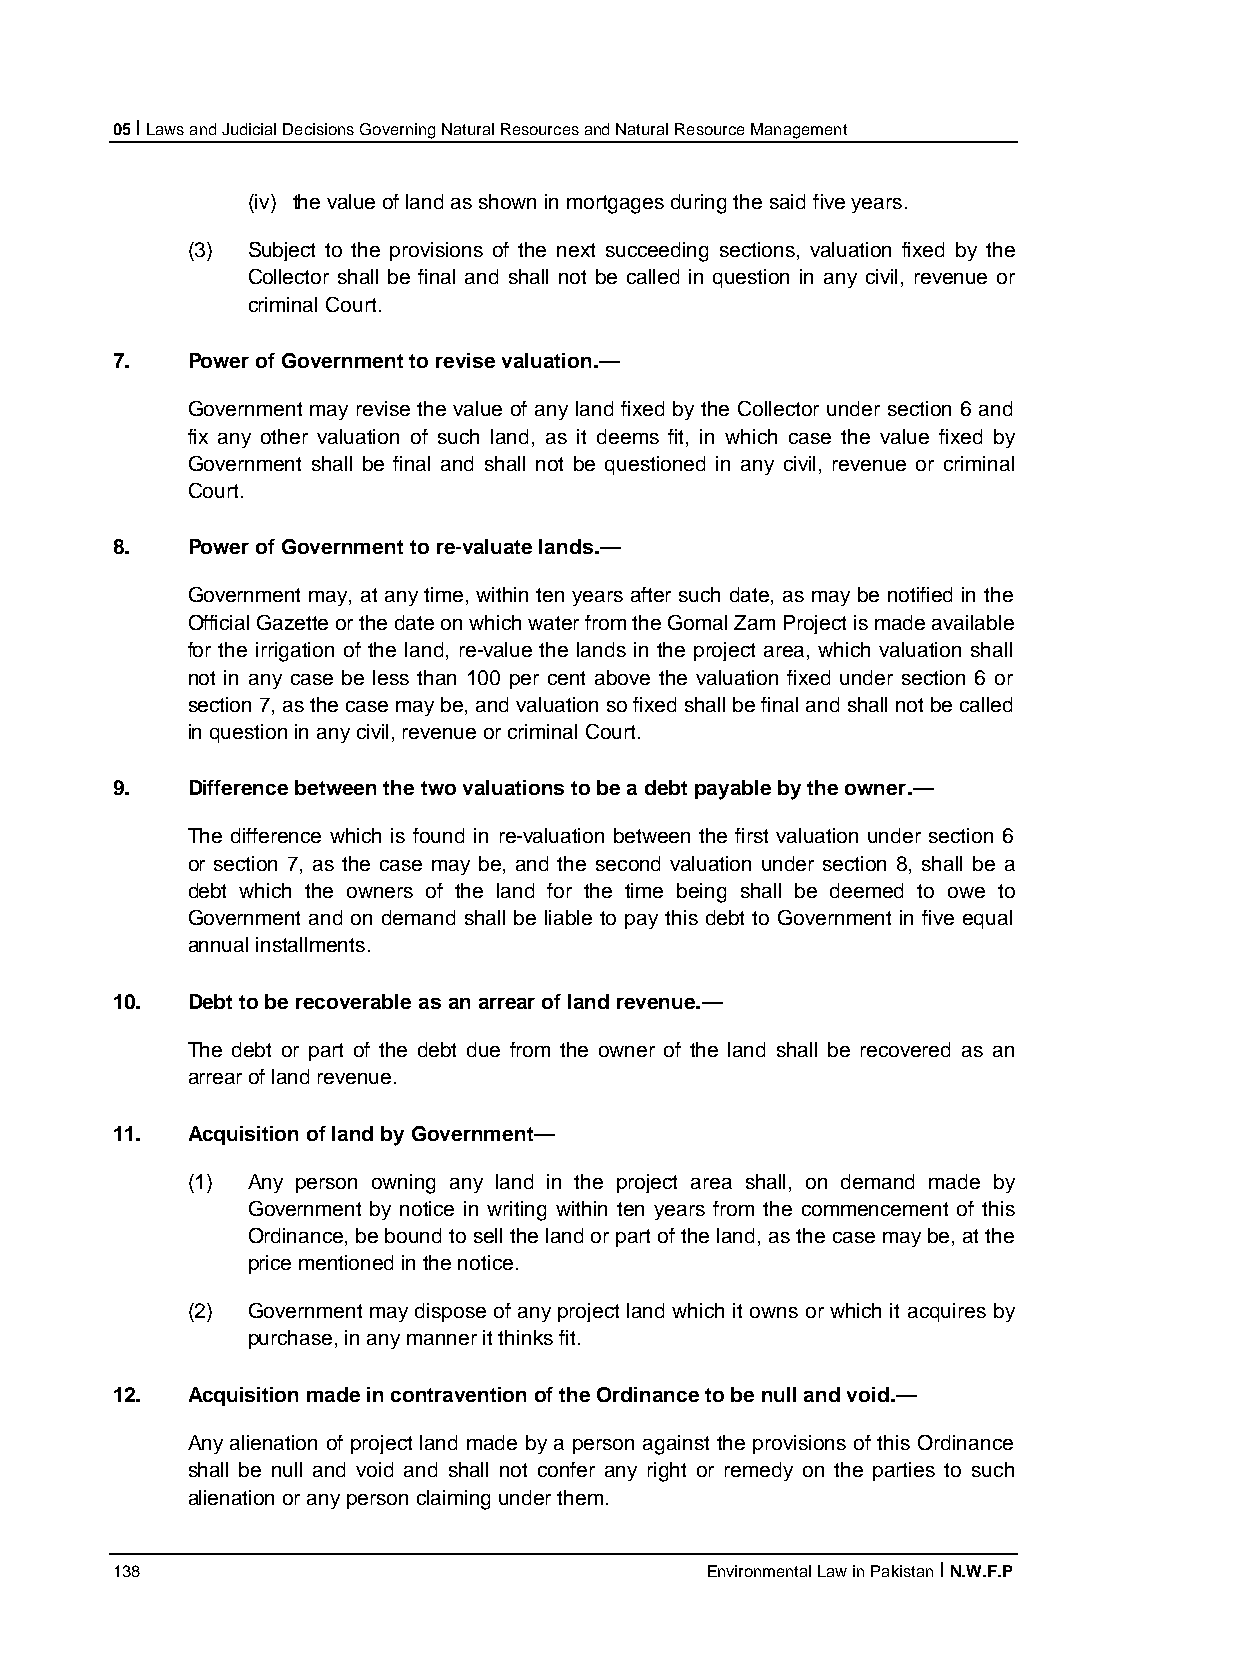
05 I Laws and Judicial Decisions Governing Natural Resources and Natural Resource Management
 (iv) the value of land as shown in mortgages during the said five years.
 (3) Subject to the provisions of the next succeeding sections, valuation fixed by the
 Collector shall be final and shall not be called in question in any civil, revenue or
 criminal Court.
 7.   Power of Government to revise valuation.—
 Government may revise the value of any land fixed by the Collector under section 6 and
 fix any other valuation of such land, as it deems fit, in which case the value fixed by
 Government shall be final and shall not be questioned in any civil, revenue or criminal
 Court.
 8.   Power of Government to re-valuate lands.—
 Government may, at any time, within ten years after such date, as may be notified in the
 Official Gazette or the date on which water from the Gomal Zam Project is made available
 for the irrigation of the land, re-value the lands in the project area, which valuation shall
 not in any case be less than 100 per cent above the valuation fixed under section 6 or
 section 7, as the case may be, and valuation so fixed shall be final and shall not be called
 in question in any civil, revenue or criminal Court.
 9.   Difference between the two valuations to be a debt payable by the owner.—
 The difference which is found in re-valuation between the first valuation under section 6
 or section 7, as the case may be, and the second valuation under section 8, shall be a
 debt which the owners of the land for the time being shall be deemed to owe to
 Government and on demand shall be liable to pay this debt to Government in five equal
 annual installments.
 10.  Debt to be recoverable as an arrear of land revenue.—
 The debt or part of the debt due from the owner of the land shall be recovered as an
 arrear of land revenue.
 11.  Acquisition of land by Government—
 (1) Any person owning any land in the project area shall, on demand made by
 Government by notice in writing within ten years from the commencement of this
 Ordinance, be bound to sell the land or part of the land, as the case may be, at the
 price mentioned in the notice.
 (2) Government may dispose of any project land which it owns or which it acquires by
 purchase, in any manner it thinks fit.
 12.  Acquisition made in contravention of the Ordinance to be null and void.—
 Any alienation of project land made by a person against the provisions of this Ordinance
 shall be null and void and shall not confer any right or remedy on the parties to such
 alienation or any person claiming under them.
 138                                     Environmental Law in Pakistan I N.W.F.P